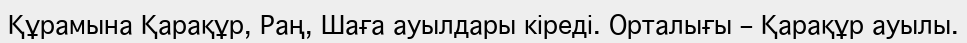
Құрамына Қарақұр, Раң, Шаға ауылдары кіреді. Орталығы – Қарақұр ауылы.